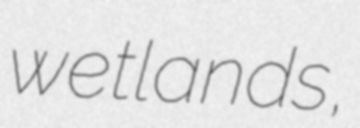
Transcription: wetlands,